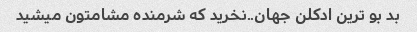
بد بو ترین ادکلن جهان..نخرید که شرمنده مشامتون میشید